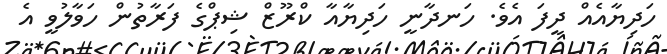
ހަދިޔާއެއް ދީފަ އެވެ. ހަނދާނީ ހަދިޔާއާ ކްރޫޒް ޝިޕްގެ ފަރާތުން ހަވާލުވީ އެ